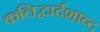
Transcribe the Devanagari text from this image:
कलिद्वार्दशाब्द